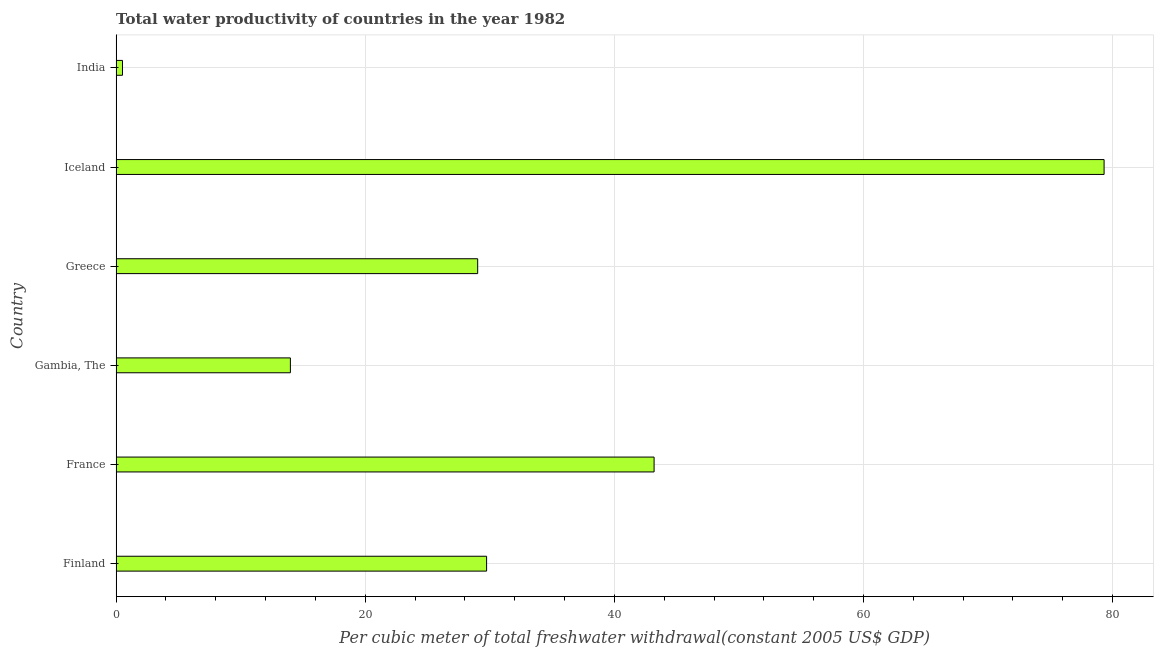
| Country | Water productivity |
 | --- | --- |
 | Finland | 29.7 |
 | France | 43.2 |
 | Gambia, The | 14 |
 | Greece | 29 |
 | Iceland | 79.3 |
 | India | 0.51 |